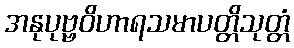
အနုပုဗ္ဗဝိဟာရသမာပတ္တိသုတ္တံ